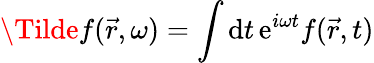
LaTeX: \Tilde{f}(\vec{r},\omega)=\int\mathrm{d}t\, \mathrm{e}^{i\omega t}f(\vec{r},t)